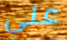
علي